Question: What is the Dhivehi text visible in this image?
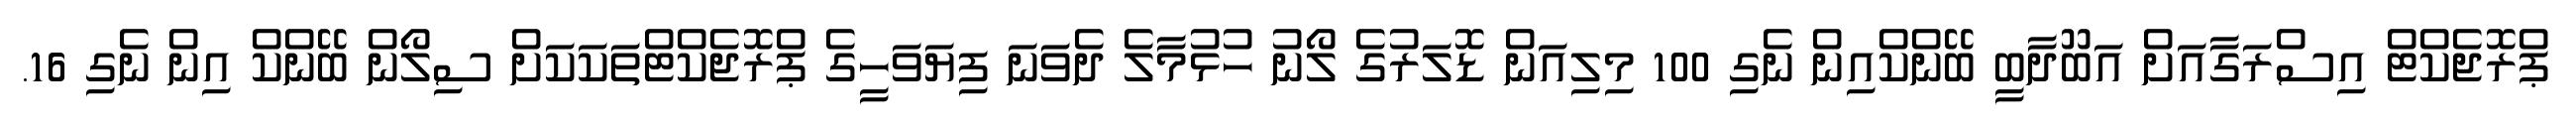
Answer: ޕްރޮޖެކްޓް އިސްރަގާއަށް އަބޫދާބީ ބޭންކްއިން ނެގި 100 މިލިއަން ޑޮލަރުގެ ލޯނު ހުޅުމާލެ ދެވަނަ ފިޔަވަހީގެ ޕްރޮޖެކްޓްތަކަކަށް ސިލޯން ބޭންކް އިން ނެގި 16.